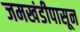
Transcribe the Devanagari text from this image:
जमखंडीपासून